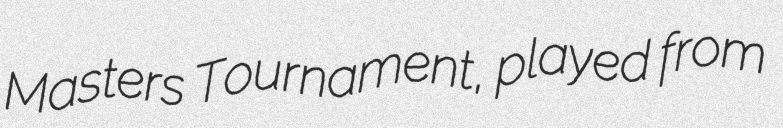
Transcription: Masters Tournament, played from